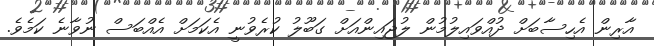
އާރިން އެހިސާބަށް ދުއްވައިލުމުން ލުޖައިންއަށް ގަބޫލު ކުރެވުނީ އެކަމަށް އެއްބަސް ނުވާނެ ކަމެވެ.